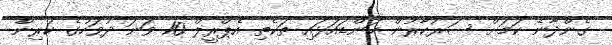
ގެންދާނެ ކަމަށް ސަރުކާރުން ކަންޑައަޅައި ތަކެތި އެޕްރީލް 10 ވަނަ ދުވަހުގެ ކުރިން